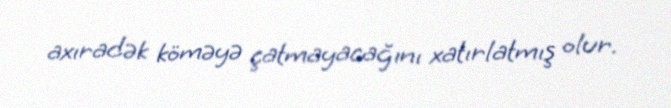
axıradək köməyə çatmayacağını xatırlatmış olur.